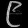
Digit: ၉